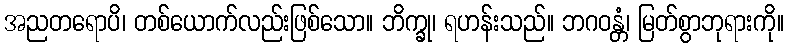
အညတရောပိ၊ တစ်ယောက်လည်းဖြစ်သော။ ဘိက္ခု၊ ရဟန်းသည်။ ဘဂဝန္တံ၊ မြတ်စွာဘုရားကို။